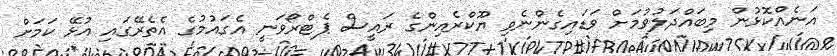
އަނެއްކޮޅުން މިބައްދަލުވުމަށް ވަޑައިގެންނެވި ޔޫކްރެއިންގެ ރައީސް ޕެޓްރޯވަނީ އެގައުމުގެ އެތެރޭގައި އުޅޭ ކަމަށް